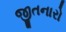
જીતનારો